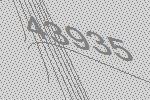
43935